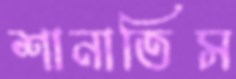
শানাতিস